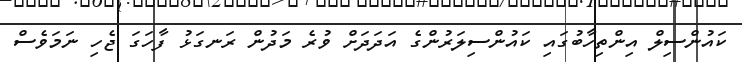
ކައުންސިލް އިންތިހާބުގައި ކައުންސިލަރުންގެ އަދަދަށް ވުރެ މަދުން ރަނގަޅު ފާހަގަ ޖެހި ނަމަވެސް